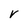
Character: r